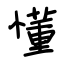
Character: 懂